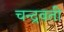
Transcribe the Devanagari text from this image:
चन्द्रवती